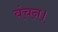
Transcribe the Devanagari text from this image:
वंचन।